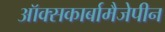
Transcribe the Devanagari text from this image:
ऑक्सकार्बामैजेपीन